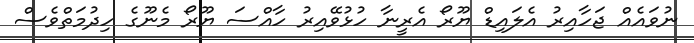
ނުވައެއް ޖަހާއިރު އެލައިޑް ޔޫރޯ އެރީނާ ހުޅުވޭއިރު ހާއްސަ ޔޫރޯ މެނޫގެ ހިދުމަތްވެސް